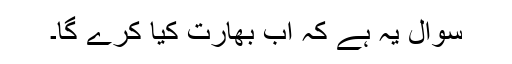
سوال یہ ہے کہ اب بھارت کیا کرے گا۔